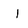
Character: I